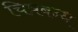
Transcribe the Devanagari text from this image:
चित्रबन्ध